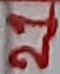
Text: 21